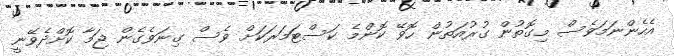
އެހެންނަމަވެސް މިގޮތުން ގުރުއަތުން ހޮވޭ ކޮންމެ ކަސްޓަމަރަކަށް ވެސް ގިނަވެގެން ޖަމާ ކޮށްދެވޭނީ